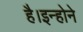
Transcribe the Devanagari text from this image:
है।इन्होने